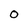
Character: O